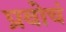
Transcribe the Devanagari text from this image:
प्रवोचं